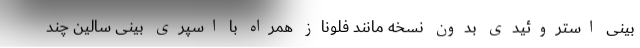
بینی استروئیدی بدون نسخه مانند فلوناز همراه با اسپری بینی سالین چند